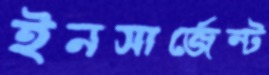
ইনসার্জেন্ট